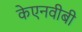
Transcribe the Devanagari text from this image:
केएनवीबी